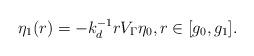
LaTeX: \begin{align*} \eta_1(r) = -k_d^{-1}rV_\Gamma\eta_0, r\in[g_0,g_1].\end{align*}